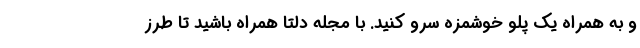
و به همراه یک پلو خوشمزه سرو کنید. با مجله دلتا همراه باشید تا طرز